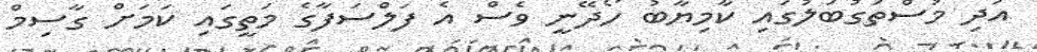
އަދި މުސްތަގުބަލުގައި ކާމިޔާބު ހޯދޭނީ ވެސް އެ ފަލްސަފާގެ މަތީގައި ކަމަށް ގާސިމް